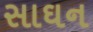
સાઘન